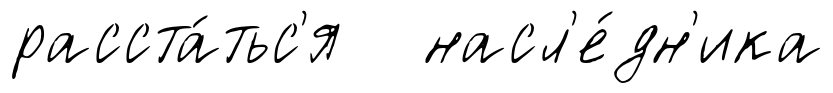
расста́тьс'я насл'е́дн'ика